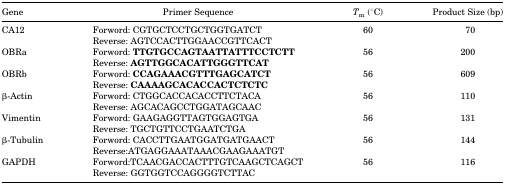
<table><thead><tr><td><b>Gene</b></td><td><b>Primer Sequence</b></td><td><b><i>T</i><sub>m</sub> (°C)</b></td><td><b>Product Size (bp)</b></td></tr></thead><tbody><tr><td>CA12</td><td>Forword: CGTGCTCCTGCTGGTGATCT</td><td>60</td><td>70</td></tr><tr><td></td><td>Reverse: AGTCCACTTGGAACCGTTCACT</td><td></td><td></td></tr><tr><td>OBRa</td><td>Forword: <b>TTGTGCCAGTAATTATTTCCTCTT</b></td><td>56</td><td>200</td></tr><tr><td></td><td>Reverse: <b>AGTTGGCACATTGGGTTCAT</b></td><td></td><td></td></tr><tr><td>OBRb</td><td>Forword: <b>CCAGAAACGTTTGAGCATCT</b></td><td>56</td><td>609</td></tr><tr><td></td><td>Reverse: <b>CAAAAGCACACCACTCTCTC</b></td><td></td><td></td></tr><tr><td>β-Actin</td><td>Forword: CTGGCACCACACCTTCTACA</td><td>56</td><td>110</td></tr><tr><td></td><td>Reverse: AGCACAGCCTGGATAGCAAC</td><td></td><td></td></tr><tr><td>Vimentin</td><td>Forword: GAAGAGGTTAGTGGAGTGA</td><td>56</td><td>131</td></tr><tr><td></td><td>Reverse: TGCTGTTCCTGAATCTGA</td><td></td><td></td></tr><tr><td>β-Tubulin</td><td>Forword: CACCTTGAATGGATGATGAACT</td><td>56</td><td>144</td></tr><tr><td></td><td>Reverse:ATGAGGAAATAAACGAAGAAATGT</td><td></td><td></td></tr><tr><td>GAPDH</td><td>Forword:TCAACGACCACTTTGTCAAGCTCAGCT</td><td>56</td><td>116</td></tr><tr><td></td><td>Reverse: GGTGGTCCAGGGGTCTTAC</td><td></td><td></td></tr></tbody></table>